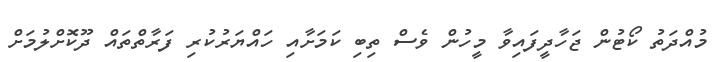
މުއްދަތު ކޯޓުން ޖަހާދީފައިވާ މީހުން ވެސް ތިބި ކަމަށާއި ހައްޔަރުކުރި ފަރާތްތައް ދޫކޮށްލުމަށް